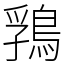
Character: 䳕